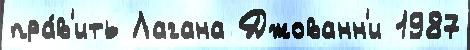
пра́в'ить Лагана Джованн'и 1987